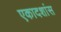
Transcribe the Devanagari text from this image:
एकादशांस